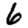
Digit: 6